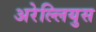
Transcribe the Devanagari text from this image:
अरेल्लियुस